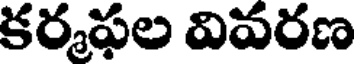
కర్మఫల వివరణ